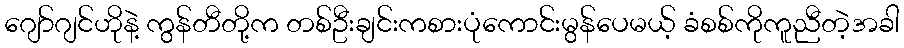
ဂျော်ဂျင်ဟိုနဲ့ ကွန်တီတို့က တစ်ဦးချင်းကစားပုံကောင်းမွန်ပေမယ့် ခံစစ်ကိုကူညီတဲ့အခါ